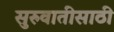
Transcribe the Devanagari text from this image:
सुरुवातीसाठी